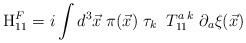
\begin{align*}{\rm H}_{11}^{F}=i\int d^{3}{\vec{x}}\;\pi ({\vec{x}})\;\tau_{k}\;\;T_{11}^{a\;k}\;\partial _{a}{\xi }(\vec{x})\end{align*}